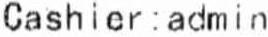
CASHIER:ADMIN